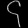
Digit: ၄